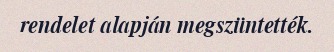
rendelet alapján megszüntették.